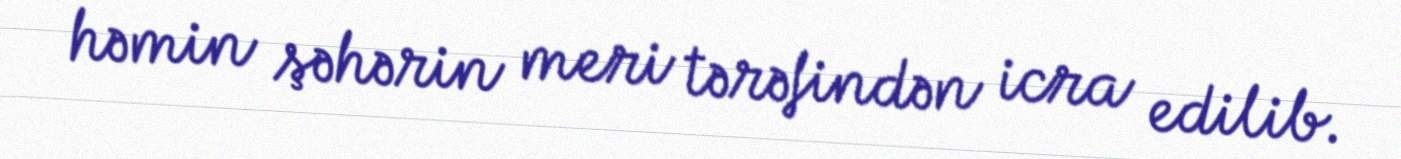
həmin şəhərin meri tərəfindən icra edilib.